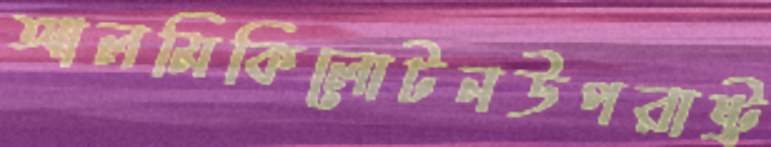
আলমিকিলোটনউপরাষ্ট্র